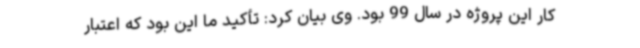
کار این پروژه در سال 99 بود. وی بیان کرد: تأکید ما این بود که اعتبار